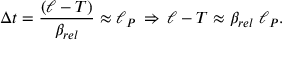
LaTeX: \Delta t = { \frac { ( \ell - T ) } { \beta _ { r e l } } } \approx \ell _ { P } \, \Rightarrow \, \ell - T \approx \beta _ { r e l } \; \ell _ { P } .